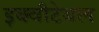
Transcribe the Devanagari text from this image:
इक्वीटेबल